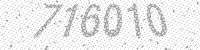
Solution: 776010